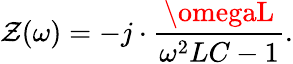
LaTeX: \mathcal{Z}(\omega)=-j\cdot{\frac{{\omegaL}}{{\omega^{2}LC-1}}}.